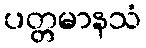
ပတ္တမာနသံ